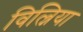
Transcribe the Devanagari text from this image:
विल्निया